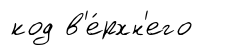
код в'е́рхн'его